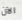
الآن